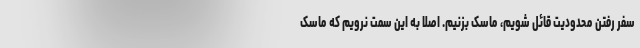
سفر رفتن محدودیت قائل شویم، ماسک بزنیم. اصلا به این سمت نرویم که ماسک